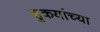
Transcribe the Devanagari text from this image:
हुकयांच्या